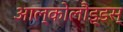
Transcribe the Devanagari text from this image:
आल्कोलौइ्डस्